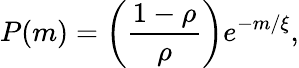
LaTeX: P(m)=\left(\frac{1-\rho}{\rho}\right)e^{-m/\xi},